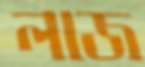
লাজ